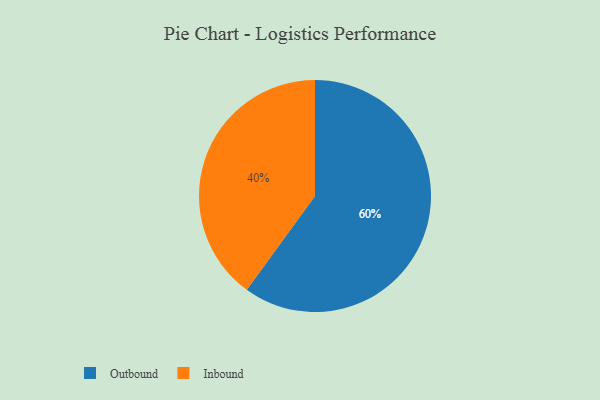
{"axis": {"x": "Category", "y": "Percentage"}, "legend": ["Inbound", "Outbound"], "data": [{"x": "Outbound", "y": 60, "type": "Outbound"}, {"x": "Inbound", "y": 40, "type": "Inbound"}]}